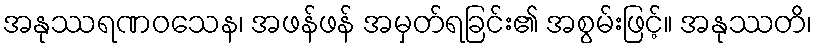
အနုဿရဏဝသေန၊ အဖန်ဖန် အမှတ်ရခြင်း၏ အစွမ်းဖြင့်။ အနုဿတိ၊